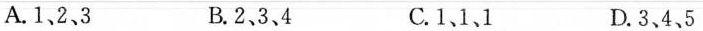
A.1、2、3 B.2、3、4 C.1、1、1 D.3、4、5